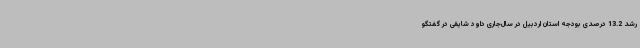
رشد 13.2 درصدی بودجه استان اردبیل در سال‌جاری داود شایقی در گفتگو